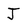
Character: J